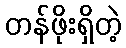
တန်ဖိုးရှိတဲ့